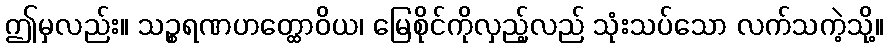
ဤမှလည်း။ သဉ္စရဏဟတ္ထောဝိယ၊ မြေစိုင်ကိုလှည့်လည် သုံးသပ်သော လက်သကဲ့သို့။